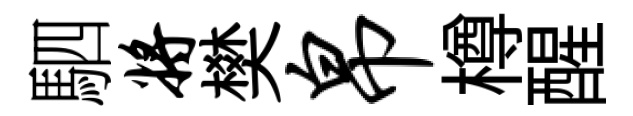
駟将樊帛樽醒